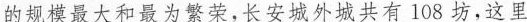
的规模最大和最为繁荣，长安城外城共有108坊，这里